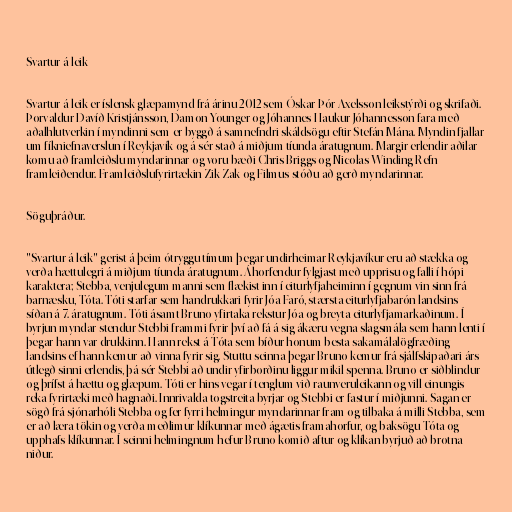
Svartur á leik

Svartur á leik er íslensk glæpamynd frá árinu 2012 sem Óskar Þór Axelsson leikstýrði og skrifaði.
Þorvaldur Davíð Kristjánsson, Damon Younger og Jóhannes Haukur Jóhannesson fara með
aðalhlutverkin í myndinni sem er byggð á samnefndri skáldsögu eftir Stefán Mána. Myndin fjallar
um fíkniefnaverslun í Reykjavík og á sér stað á miðjum tíunda áratugnum. Margir erlendir aðilar
komu að framleiðslu myndarinnar og voru bæði Chris Briggs og Nicolas Winding Refn
framleiðendur. Framleiðslufyrirtækin Zik Zak og Filmus stóðu að gerð myndarinnar.

Söguþráður.

"Svartur á leik" gerist á þeim ótryggu tímum þegar undirheimar Reykjavíkur eru að stækka og
verða hættulegri á miðjum tíunda áratugnum. Áhorfendur fylgjast með upprisu og falli í hópi
karaktera; Stebba, venjulegum manni sem flækist inn í eiturlyfjaheiminn í gegnum vin sinn frá
barnæsku, Tóta. Tóti starfar sem handrukkari fyrir Jóa Faró, stærsta eiturlyfjabarón landsins
síðan á 7. áratugnum. Tóti ásamt Bruno yfirtaka rekstur Jóa og breyta eiturlyfjamarkaðinum. Í
byrjun myndar stendur Stebbi frammi fyrir því að fá á sig ákæru vegna slagsmála sem hann lenti í
þegar hann var drukkinn. Hann rekst á Tóta sem bíður honum besta sakamálalögfræðing
landsins ef hann kemur að vinna fyrir sig. Stuttu seinna þegar Bruno kemur frá sjálfskipaðari árs
útlegð sinni erlendis, þá sér Stebbi að undir yfirborðinu liggur mikil spenna. Bruno er siðblindur
og þrífst á hættu og glæpum. Tóti er hins vegar í tenglum við raunveruleikann og vill einungis
reka fyrirtæki með hagnaði. Innrivalda togstreita byrjar og Stebbi er fastur í miðjunni. Sagan er
sögð frá sjónarhóli Stebba og fer fyrri helmingur myndarinnar fram og tilbaka á milli Stebba, sem
er að læra tökin og verða meðlimur klíkunnar með ágætis framahorfur, og baksögu Tóta og
upphafs klíkunnar. Í seinni helmingnum hefur Bruno komið aftur og klíkan byrjuð að brotna
niður.